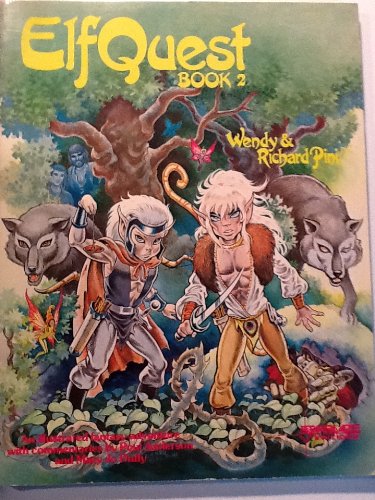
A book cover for ElfQuest Book 2; Richard Pini; Comics & Graphic Novels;